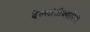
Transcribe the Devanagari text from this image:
देल्लांतीक्वारियों